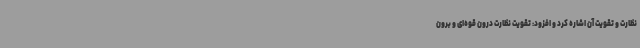
نظارت و تقویت آن اشاره کرد و افزود: تقویت نظارت درون قوه‌ای و برون